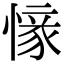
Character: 𢟰